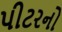
પીટરનો